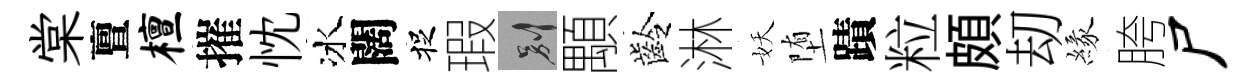
棠亶檀摧忱冰闊捉瑕别顒齡淋妖堕蹟粒頗刧緣胯尸